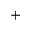
+